Indian journal of veterinary science and animal husbandry - Volumes 15-17, 1948-1951
Year: 1948
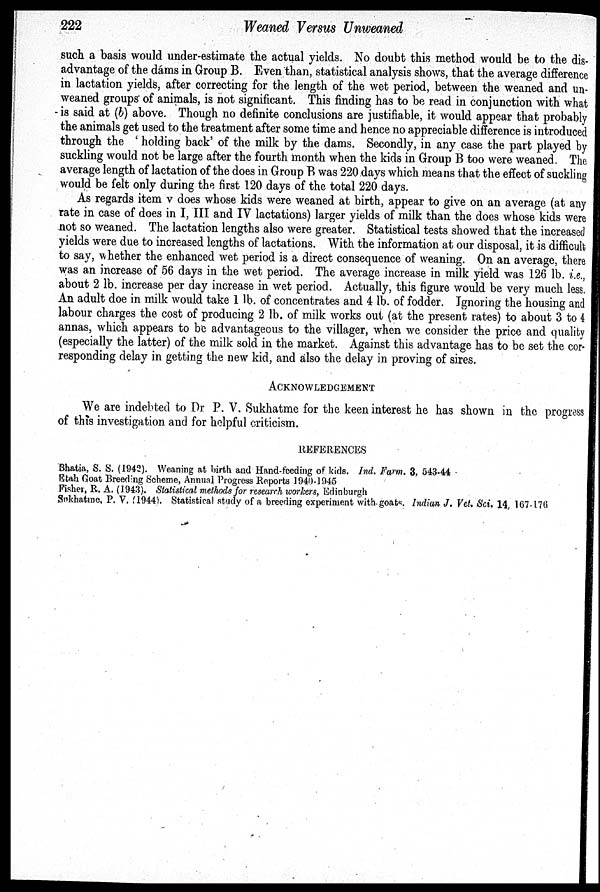
222
Weaned Versus Unweaned
such a basis would under-estimate the actual yields. No doubt this method would be to the dis-
advantage of the dams in Group B. Even than, statistical analysis shows, that the average difference
in lactation yields, after correcting for the length of the wet period, between the weaned and un-
weaned groups of animals, is not significant. This finding has to be read in conjunction with what
is said at (b) above. Though no definite conclusions are justifiable, it would appear that probably
the animals get used to the treatment after some time and hence no appreciable difference is introduced
through the 'holding back' of the milk by the dams. Secondly, in any case the part played by
suckling would not be large after the fourth month when the kids in Group B too were weaned. The
average length of lactation of the does in Group B was 220 days which means that the effect of suckling
would be felt only during the first 120 days of the total 220 days.
As regards item v does whose kids were weaned at birth, appear to give on an average (at any
rate in case of does in I, III and IV lactations) larger yields of milk than the does whose kids were
not so weaned. The lactation lengths also were greater. Statistical tests showed that the increased
yields were due to increased lengths of lactations. With the information at our disposal, it is difficult
to say, whether the enhanced wet period is a direct consequence of weaning. On an average, there
was an increase of 56 days in the wet period. The average increase in milk yield was 126 lb. i.e.,
about 2 lb. increase per day increase in wet period. Actually, this figure would be very much less.
An adult doe in milk would take 1 lb. of concentrates and 4 lb. of fodder. Ignoring the housing and
labour charges the cost of producing 2 lb. of milk works out (at the present rates) to about 3 to 4
annas, which appears to be advantageous to the villager, when we consider the price and quality
(especially the latter) of the milk sold in the market. Against this advantage has to be set the cor-
responding delay in getting the new kid, and also the delay in proving of sires.
ACKNOWLEDGEMENT
We are indebted to Dr P. V. Sukhatme for the keen interest he has shown in the progress
of this investigation and for helpful criticism.
REFERENCES
Bhatia, S. S. (1942). Weaning at birth and Hand-feeding of kids. Ind. Farm. 3, 543-44
Etah Goat Breeding Scheme, Annual Progress Reports 1940-1945
Fisher, R. A. (1943). Statistical methods for research workers, Edinburgh
Sukhatme, P. V. (1944). Statistical study of a breeding experiment with goats. Indian J. Vet. Sci. 14, 167-176